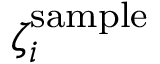
\zeta _ { i } ^ { \mathrm { s a m p l e } }